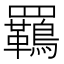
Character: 𮊡